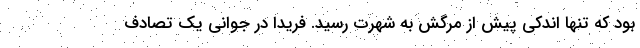
بود که تنها اندکی پیش از مرگش به شهرت رسید. فریدا در جوانی یک تصادف